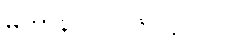
မဟာနိ-ပါ-၁၆၊ ဋ္ဌ-၇၂။